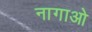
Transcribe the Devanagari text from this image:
नागाओ